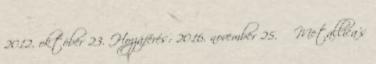
2012. október 23. Hozzáférés: 2016. november 25. ↑ Metallica's